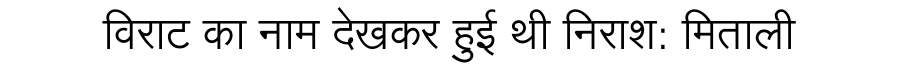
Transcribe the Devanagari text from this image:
विराट का नाम देखकर हुई थी निराश: मिताली